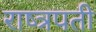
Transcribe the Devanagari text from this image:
राष्त्रपती